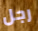
رجل